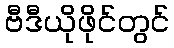
ဗီဒီယိုဖိုင်တွင်